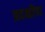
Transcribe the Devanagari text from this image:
प्रदक्षीण